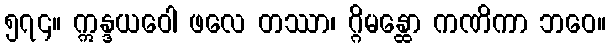
၅၇၄။ ဣန္ဒယဝေါ ဖလေ တဿာ၊ ဂ္ဂိမန္ထော ကဏိကာ ဘဝေ။